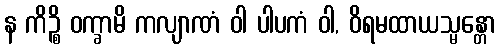
န ကိဉ္စိ ဝက္ခာမိ ကလျာဏံ ဝါ ပါပကံ ဝါ, ဝိရမထာယသ္မန္တော